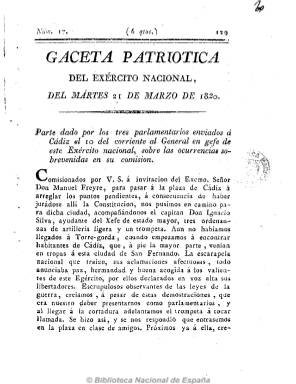
Título: Gaceta patriótica del ejército nacional (Reimp. en Sevilla)
Otros títulos: Gaceta patriótica del exército nacional
Colección: Gacetas
Ámbito geográfico: Sevilla
Lugar de publicación: Sevilla
Fechas: 21/03/1820-21/03/1820

Además de la colección completa de esta Gaceta reimpresa en Cádiz y publicada en San Fernando por el militar Evaristo San Miguel (1775-1862) y el político Antonio Alcalá Galiano (1789-1865), desde el 25 de enero al 26 de mayo de 1820, la colección de la Biblioteca Nacional de España dispone de este número 17, correspondiente al 21 de marzo de ese año, reimpreso en Sevilla, por Aragón y Compañía. Conocida también como la Gaceta de la Isla, aparecía dos veces a la semana (martes y viernes).

Esta Gaceta se convirtió en el periódico “oficial” del pronunciamiento de Riego que dio paso al Trienio Liberal (1820-1823), tras el sexenio reaccionario. En ella se publicaron artículos doctrinales de carácter constitucionalista y liberal, a la vez que ofreció otros artículos remitidos, proclamas, comunicados y crónicas de los acontecimientos militares que se produjeron en ese inicial periodo constitucional.

En esta entrega diecisiete, reimpresa en Sevilla, se publica el parte dado por los tres parlamentarios enviados a Cádiz, entre los que se encuentra el propio Alcalá Galiano, al general en jefe del Ejército nacional, sobre su accidentada llegada y la matanza y el saqueo a la ciudad del diez de marzo, así como otros sucesos en Cádiz y San Fernando.

Se trata de una publicación que había sido olvidada por los más variados y destacados historiadores, y que será estudiada por C. García Barrón en Revista de occidente, en abril de 1971, y por María Dolores Sáiz, en Revista de estudios políticos, en 1984.